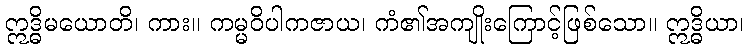
ဣဒ္ဓိမယောတိ၊ ကား။ ကမ္မဝိပါကဇာယ၊ ကံ၏အကျိုးကြောင့်ဖြစ်သော။ ဣဒ္ဓိယာ၊